Source: Handwritten
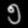
Digit: ၅ (5)